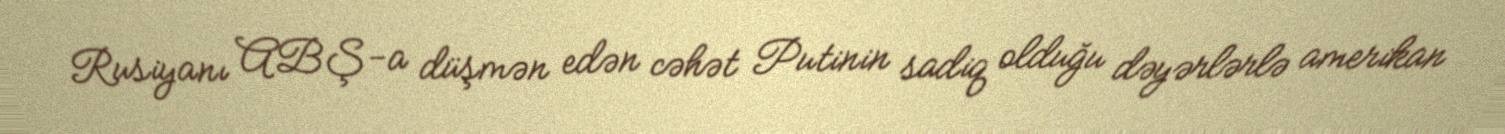
Rusiyanı ABŞ-a düşmən edən cəhət Putinin sadiq olduğu dəyərlərlə amerikan